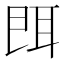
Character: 𦕁